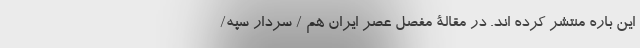
این باره منتشر کرده اند. در مقالۀ مفصل عصر ایران هم / سردار سپه/